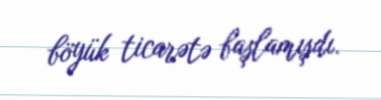
böyük ticarətə başlamışdı.